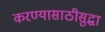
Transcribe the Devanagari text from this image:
करण्यासाठीसुद्धा